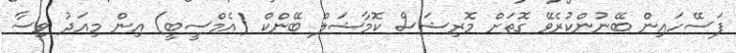
ފަސޭހައިން ބޭނުންކުރެވޭ ގޮތަށް މޮރިޝަސް ކޮމާޝަލް ބޭންކް (އެމްސީބީ) އިން މިއަދު ވިސާ